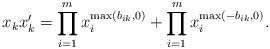
LaTeX: \begin{align*}x_kx_k'=\prod_{i=1}^m x_i^{\max(b_{ik}, 0)} + \prod_{i=1}^m x_i^{\max(-b_{ik}, 0)}. \end{align*}